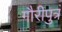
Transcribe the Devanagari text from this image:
गौरीपुत्रं